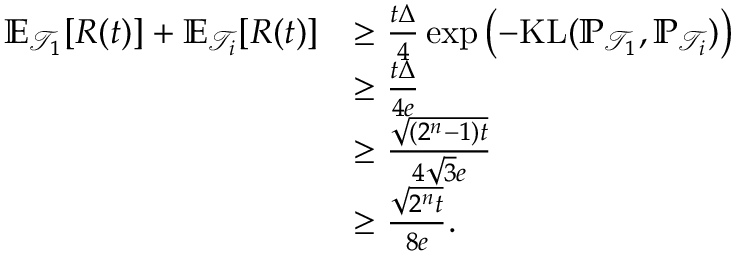
\begin{array} { r l } { \mathbb { E } _ { \mathcal { T } _ { 1 } } [ R ( t ) ] + \mathbb { E } _ { \mathcal { T } _ { i } } [ R ( t ) ] } & { \ge \frac { t \Delta } { 4 } \exp \left( - \mathrm { K L } ( \mathbb { P } _ { \mathcal { T } _ { 1 } } , \mathbb { P } _ { \mathcal { T } _ { i } } ) \right) } \\ & { \ge \frac { t \Delta } { 4 e } } \\ & { \ge \frac { \sqrt { ( 2 ^ { n } - 1 ) t } } { 4 \sqrt { 3 } e } } \\ & { \ge \frac { \sqrt { 2 ^ { n } t } } { 8 e } . } \end{array}